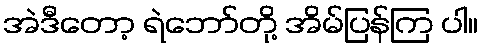
အဲဒီတော့ ရဲဘော်တို့ အိမ်ပြန်ကြ ပါ။